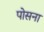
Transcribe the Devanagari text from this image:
पोसना